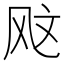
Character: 𫠇